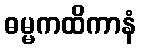
ဓမ္မကထိကာနံ